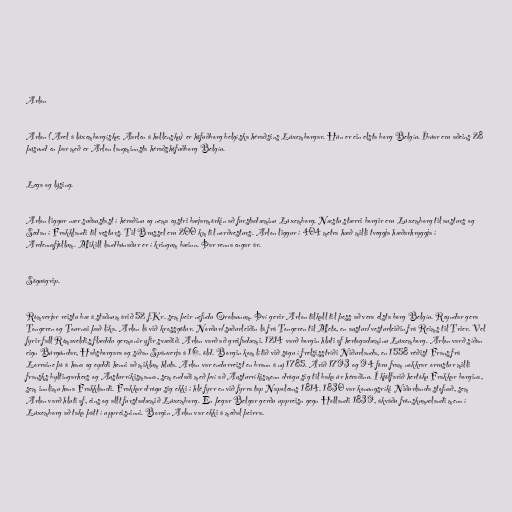
Arlon

Arlon (Arel á lúxemborgísku; Aarlen á hollensku) er höfuðborg belgíska héraðsins Lúxemborgar. Hún er ein elsta borg Belgíu. Íbúar eru aðeins 28
þúsund en þar með er Arlon langminnsta héraðshöfuðborg Belgíu.

Lega og lýsing.

Arlon liggur nær suðaustast í héraðinu og nema eystri bæjarmörkin að furstadæminu Lúxemborg. Næstu stærri borgir eru Lúxemborg til austurs og
Sedan í Frakklandi til vesturs. Til Brussel eru 200 km til norðvesturs. Arlon liggur í 404 metra hæð milli tveggja hæðarhryggja í
Ardennafjöllum. Mikill landbúnaður er í kringum bæinn. Þar renna engar ár.

Söguágrip.

Rómverjar reistu bæ á staðnum árið 52 f.Kr. sem þeir nefndu Orolaunum. Því gerir Arlon tilkall til þess að vera elsta borg Belgíu. Reyndar gera
Tongeren og Tournai það líka. Arlon lá við krossgötur. Norður/suðurleiðin lá frá Tongeren til Metz, en austur/vesturleiðin frá Reims til Trier. Vel
fyrir fall Rómaveldis flæddu germanir yfir svæðið. Arlon varð að greifadæmi. 1214 varð borgin hluti af hertogadæminu Lúxemborg. Arlon varð síðan
eign Búrgúndar, Habsborgara og síðan Spánverja á 16. öld. Borgin kom lítið við sögu í frelsisstríði Niðurlanda, en 1558 réðist Frans frá
Lorraine þó á hana og eyddi henni að miklum hluta. Arlon var endurreist en brann á ný 1785. Árið 1793 og 94 fóru fram nokkrar orrustur milli
fransks byltingarhers og Austurríkismanna, sem endaði með því að Austurríkismenn drógu sig til baka úr héraðinu. Í kjölfarið hertóku Frakkar borgina,
sem innlimu hana Frakklandi. Frakkar drógu sig ekki í hlé fyrr en við fyrra tap Napoleons 1814. 1830 var konungsríki Niðurlanda stofnað, sem
Arlon varð hluti af, eins og allt furstadæmið Lúxemborg. En þegar Belgar gerðu uppreisn gegn Hollandi 1839, ákváðu frönskumælandi menn í
Lúxemborg að taka þátt í uppreisninni. Borgin Arlon var ekki á meðal þeirra.